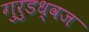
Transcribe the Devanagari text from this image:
गुरुडध्वज